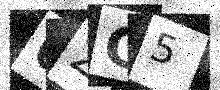
Text: 62C5